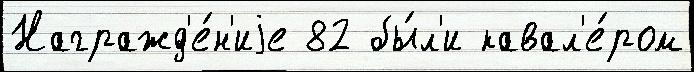
Награжд'е́н'иjе 82 бы́л'и кавал'е́ром